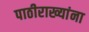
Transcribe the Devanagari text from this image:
पाठीराख्यांना